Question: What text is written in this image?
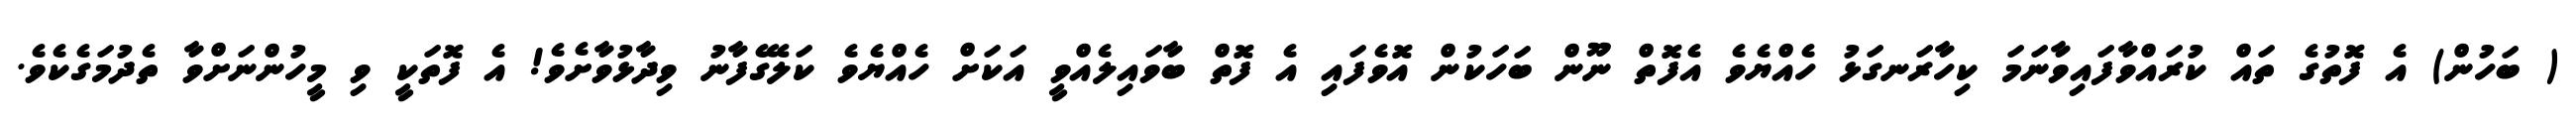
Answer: ( ބަހުން) އެ ފޮތުގެ ތައް ކުރައްވާފައިވާނަމަ ކިހާރަނގަޅު ހެއްޔެވެ އެފޮތް ނޫން ބަހަކުން އޮވެފައި އެ ފޮތް ބާވައިލެއްވީ އަކަށް ހެއްޔެވެ ކަލޭގެފާނު ވިދާޅުވާށެވެ! އެ ފޮތަކީ ވި މީހުންނަށްވާ ތެދުމަގެކެވެ.